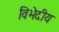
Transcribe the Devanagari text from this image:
विभेदीय